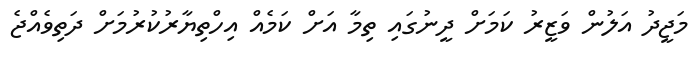
މަޖީދު އަލުން ވަޒީރު ކަމަށް ދީނުގައި ތިމާ އަށް ކަމެއް އިހްތިޔާރުކުރުމަށް ދަތިވެއްޖެ